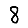
Digit: 8